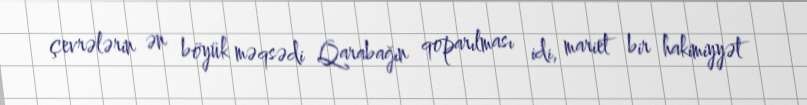
çevrələrin ən böyük məqsədi Qarabağın qoparılması idi, mariet bir hakimiyyət